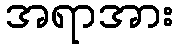
အရာအား